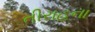
તીરાહના